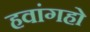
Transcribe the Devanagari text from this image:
हवांगहो